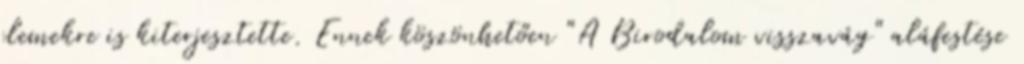
elemekre is kiterjesztette. Ennek köszönhetően "A Birodalom visszavág" aláfestése